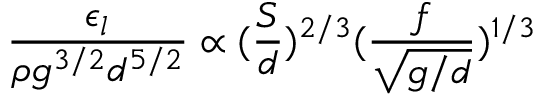
\frac { \epsilon _ { l } } { \rho g ^ { 3 / 2 } d ^ { 5 / 2 } } \propto ( \frac { S } { d } ) ^ { 2 / 3 } ( \frac { f } { \sqrt { g / d } } ) ^ { 1 / 3 }